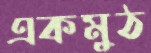
একমুঠ